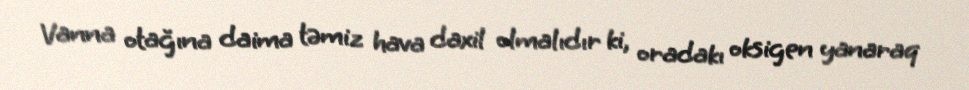
Vanna otağına daima təmiz hava daxil olmalıdır ki, oradakı oksigen yanaraq